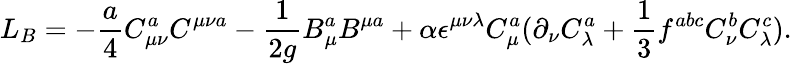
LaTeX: L_{B}=-{\frac{a}{4}}C_{\mu\nu}^{a}C^{\mu\nu a}-{\frac{1}{2g}}B_{\mu}^{a}B^{\mu a}+\alpha\epsilon^{\mu\nu\lambda}C_{\mu}^{a}(\partial_{\nu}C_{\lambda}^{a}+{\frac{1}{3}}f^{abc}C_{\nu}^{b}C_{\lambda}^{c}).